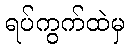
ရပ်ကွက်ထဲမှ